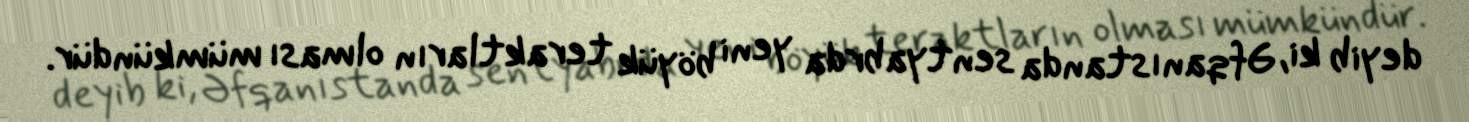
deyib ki, Əfqanıstanda sentyabrda yeni böyük teraktların olması mümkündür.